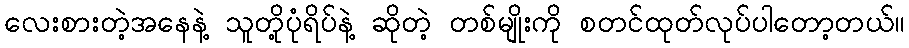
လေးစားတဲ့အနေနဲ့ သူတို့ပုံရိပ်နဲ့ ဆိုတဲ့ တစ်မျိုးကို စတင်ထုတ်လုပ်ပါတော့တယ်။